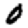
Digit: 0